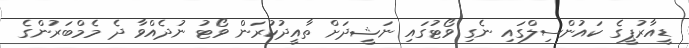
ޑީއާރުޕީގެ ކައުންސިލްގައި ނެގި ވޯޓުގައި ނަޝީދަށް ތާއީދުކުރަން ވޯޓު ނުދެއްވާ ދެ މެމްބަރުންގެ